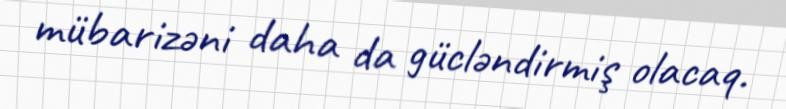
mübarizəni daha da gücləndirmiş olacaq.